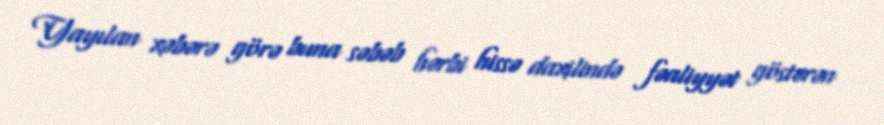
Yayılan xəbərə görə buna səbəb hərbi hissə daxilində fəaliyyət göstərən